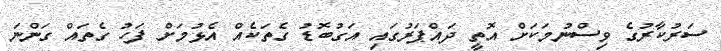
ސަރުކާރުގެ ވިސްނުމަކަށް އޮތީ ދައްޕަރުގައި އަގުބޮޑު ގެތަކެއް އެޅުމަށް ފަހު ގެތައް ގަންނަ